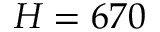
H = 6 7 0